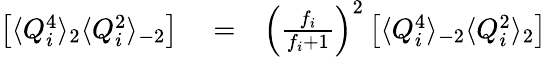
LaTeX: \begin{array}{rlr}{\left[\langle Q_{i}^{4}\rangle_{2}\langle Q_{i}^{2}\rangle_{-2}\right]}&{{}=}&{\left(\frac{f_{i}}{f_{i}+1}\right)^{2}\left[\langle Q_{i}^{4}\rangle_{-2}\langle Q_{i}^{2}\rangle_{2}\right]}\end{array}